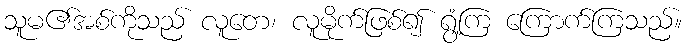
သူမ၏အစ်ကိုသည် လူတေ၊ လူမိုက်ဖြစ်၍ ရွံ့ကြ ကြောက်ကြသည်။